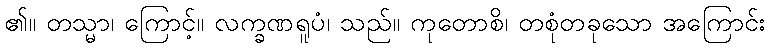
၏။ တသ္မာ၊ ကြောင့်။ လက္ခဏရူပံ၊ သည်။ ကုတောစိ၊ တစုံတခုသော အကြောင်း